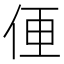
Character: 𱎮